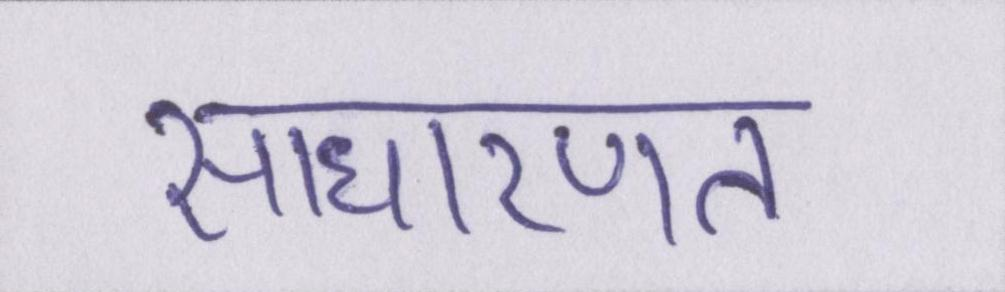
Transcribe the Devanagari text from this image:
साधारणत